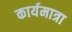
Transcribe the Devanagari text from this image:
कार्यमात्रा